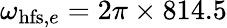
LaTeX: \omega_{\mathrm{hfs},e}=2\pi\times 814.5